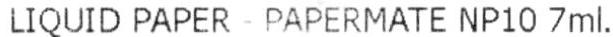
LIQUID PAPER - PAPERMATE NP10 7ML.